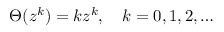
\Theta ( z ^ { k } ) = k z ^ { k } , \quad k = 0 , 1 , 2 , \dots